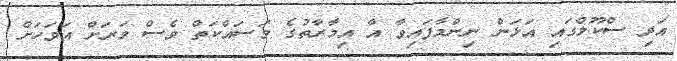
އަދި ސްކޫލްގައި އަޅަން ނިންމާފައިވާ އާ އިމާރާތުގެ މަސައްކަތް ވެސް ވަރަށް އަވަހަށް